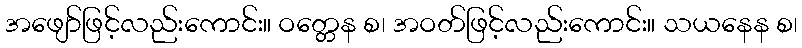
အဖျော်ဖြင့်လည်းကောင်း။ ဝတ္တေန စ၊ အဝတ်ဖြင့်လည်းကောင်း။ သယနေန စ၊